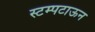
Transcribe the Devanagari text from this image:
स्टम्पटाऊन